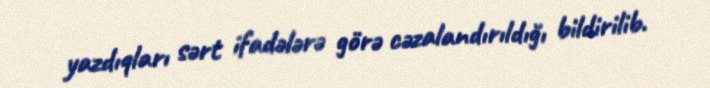
yazdıqları sərt ifadələrə görə cəzalandırıldığı bildirilib.